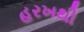
હરખથી